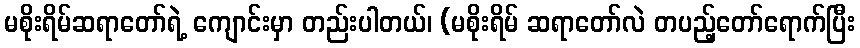
မစိုးရိမ်ဆရာတော်ရဲ့ ကျောင်းမှာ တည်းပါတယ်၊ (မစိုးရိမ် ဆရာတော်လဲ တပည့်တော်ရောက်ပြီး